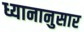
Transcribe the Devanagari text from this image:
ध्यानानुसार